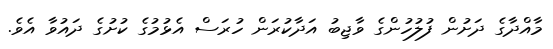
މާއްދާގެ ދަށުން ފުލުހުންގެ ވާޖިބު އަދާކުރަން ހުރަސް އެޅުމުގެ ކުށުގެ ދައުވާ އެވެ.